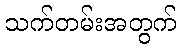
သက်တမ်းအတွက်